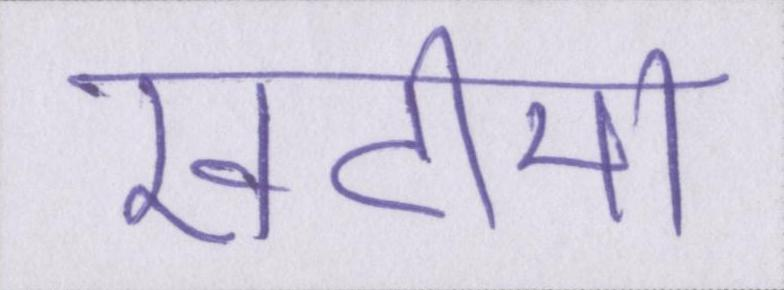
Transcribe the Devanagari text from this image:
खटीमा